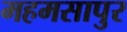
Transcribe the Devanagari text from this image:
महमसापुर